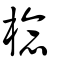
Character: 棯